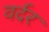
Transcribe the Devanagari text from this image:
वर्दर